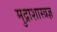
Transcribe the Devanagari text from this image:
मुद्राशास्त्रज्ञ